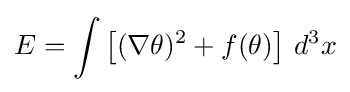
E=\int \left[(\nabla \theta )^{2}+f(\theta )\right]\,d^{3}x